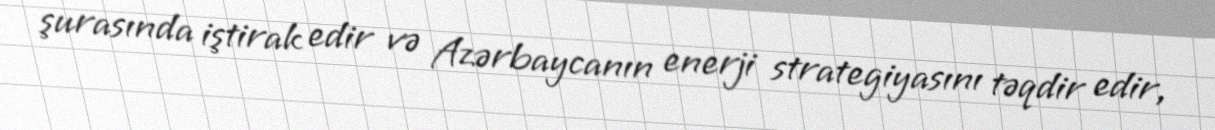
şurasında iştirak edir və Azərbaycanın enerji strategiyasını təqdir edir,